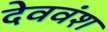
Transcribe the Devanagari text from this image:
देववंश